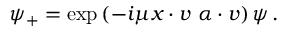
\psi _ { + } = \exp \left( - i \mu x \cdot v ~ \alpha \cdot v \right) \psi \, .